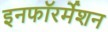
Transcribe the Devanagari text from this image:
इनफॉरर्मेशन